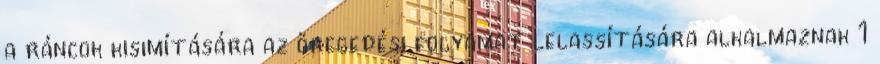
a ráncok kisimítására az öregedési folyamat lelassítására alkalmaznak 1